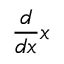
{ \frac { d } { d x } } x